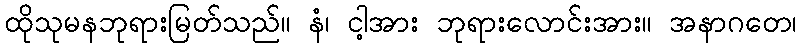
ထိုသုမနဘုရားမြတ်သည်။ နံ၊ ငါ့အား ဘုရားလောင်းအား။ အနာဂတေ၊